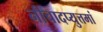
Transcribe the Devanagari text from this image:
नीचादप्युत्तमां